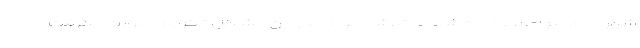
شهرداری نیز اطلاع داده شد اما تلاشی برای حل این مشکل تکراری صورت نگرفت